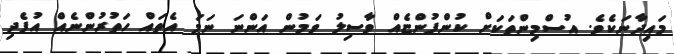
މައިދާނަކެވެ. އުސްމިންތަކަށް ކުންފުންޏެއް ވާސިލު ވަމުން އަންނަ ނަމަ އެތައް ހަތުރުންނެއް އުފެދި